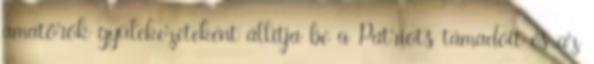
amatőrök gyülekezeteként állítja be a Patriots támadóit és az